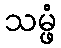
သမ္ဖံ